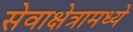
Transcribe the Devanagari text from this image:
सेवाक्षेत्रामध्ये